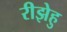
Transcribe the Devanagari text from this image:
रीझेहु